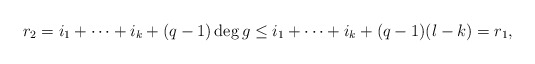
\begin{align*}r_2=i_1+\cdots+i_k+(q-1)\deg g\le i_1+\cdots+i_k+(q-1)(l-k)=r_1,\end{align*}